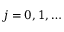
j = 0 , 1 , \ldots